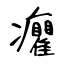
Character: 癯